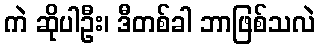
ကဲ ဆိုပါဦး၊ ဒီတစ်ခါ ဘာဖြစ်သလဲ